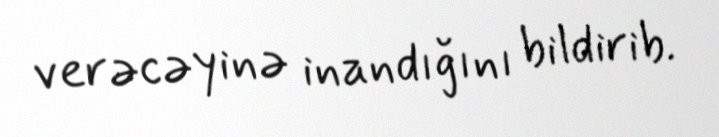
verəcəyinə inandığını bildirib.